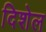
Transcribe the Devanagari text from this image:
दिशेल